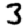
Digit: 3